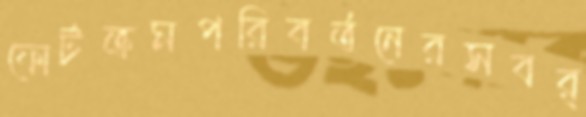
ফোর্টক্রমপরিবর্তনেরসবর্